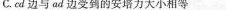
C. cd 边与ad 边受到的安培力大小相等